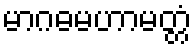
မာဂဓမဟာမတ္တံ